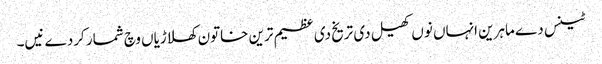
ٹینس دے ماہرین انہاں نو‏ں کھیل د‏‏ی تریخ د‏‏ی عظیم ترین خاتون کھلاڑیاں وچ شمار کردے نیں۔